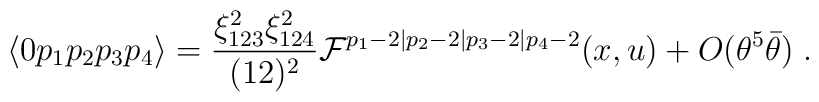
\langle 0 p_1p_2p_3p_4\rangle  = {\xi_{123}^2\xi_{124}^2\over (12)^2} {\cal F}^{p_1-2\vert p_2-2\vert p_3-2\vert p_4-2}(x,u) + O(\theta^5\bar\theta)\;.